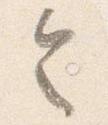
令